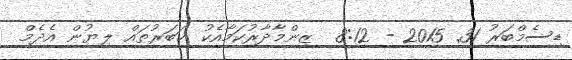
ޑިސެމްބަރު 31